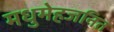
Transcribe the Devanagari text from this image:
मधुमेहजनित